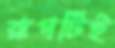
রূপটিই